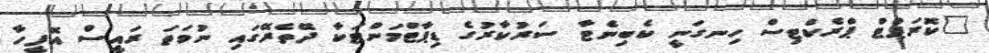
"ކޮރަޕްޓް ޕްރެކްޓިސް ހިނގަނީ ކެބިނެޓާ ސަރުކާރުގެ ޑިޕާޓްމަންޓަކާ ދޭތެރޭގައި ނުވަތަ ރައީސް އޮފީހާ